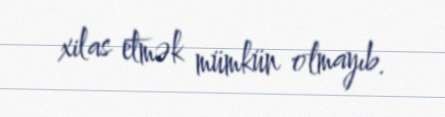
xilas etmək mümkün olmayıb.